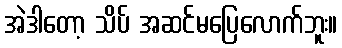
အဲဒါတော့ သိပ် အဆင်မပြေလောက်ဘူး။